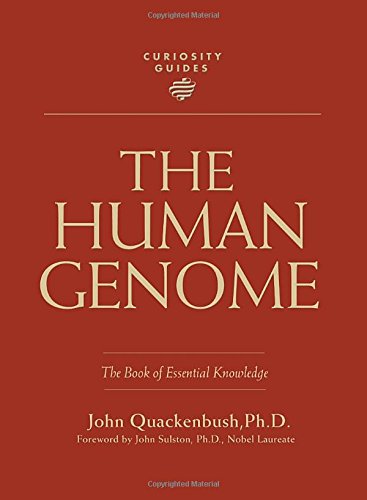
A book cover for Curiosity Guides: The Human Genome; John Quackenbush; Science & Math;